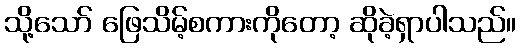
သို့သော် ဖြေသိမ့်စကားကိုတော့ ဆိုခဲ့ရှာပါသည်။